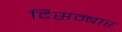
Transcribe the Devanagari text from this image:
दिसम्बार